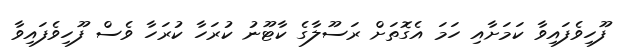
ފޫހިވެފައިވާ ކަމަށާއި ހަމަ އެގޮތަށް ރަސޫލާގެ ކާޓޫނު ކުރަހާ ކުރަހާ ވެސް ފޫހިވެފައިވާ